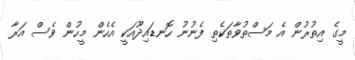
މީގެ އިތުރުން އެ މަސްތުވާތަކެތި ފެނުނު ހޮނޑައިދޫއަކީ އެހެން މީހުން ވެސް އަރާ